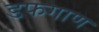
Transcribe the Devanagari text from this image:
डफगाण